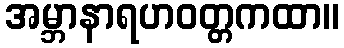
အမ္ဘာနာရဟဝတ္တကထာ။